Annual administration report of the Civil Veterinary Department of India - 1910-1911
Year: 1910
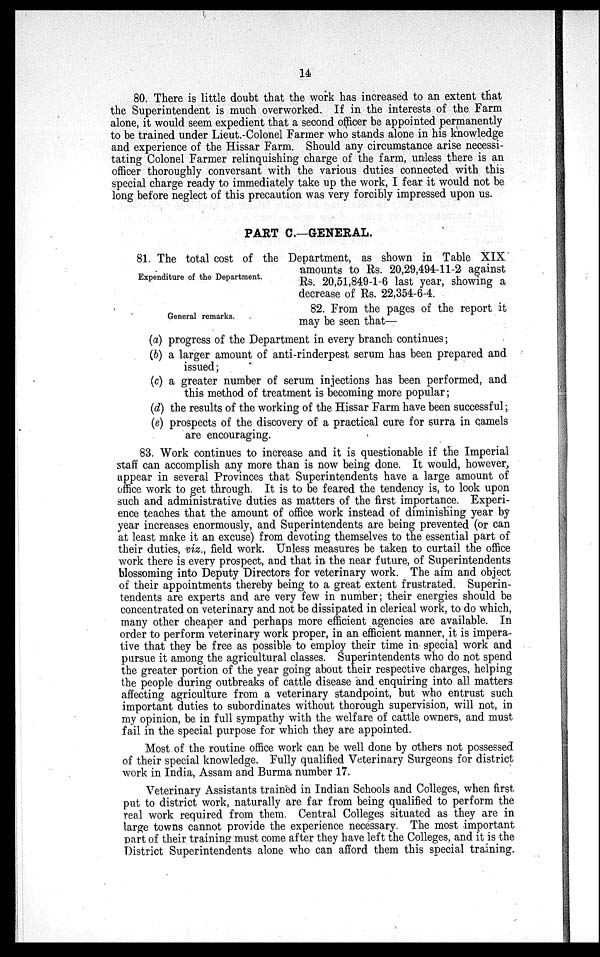
14
80. There is little doubt that the work has increased to an extent that
the Superintendent is much overworked. If in the interests of the Farm
alone, it would seem expedient that a second officer be appointed permanently
to be trained under Lieut.-Colonel Farmer who stands alone in his knowledge
and experience of the Hissar Farm. Should any circumstance arise necessi-
tating Colonel Farmer relinquishing charge of the farm, unless there is an
officer thoroughly conversant with the various duties connected with this
special charge ready to immediately take up the work, I fear it would not be
long before neglect of this precaution was very forcibly impressed upon us.
PART C.—GENERAL.
Expenditure of the Department.
81. The total cost of the Department, as shown in Table XIX
amounts to Rs. 20,29,494-11-2 against
Rs. 20,51,849-1-6 last year, showing a
decrease of Rs. 22,354-6-4.
General remarks.
82. From the pages of the report it
may be seen that—
(a) progress of the Department in every branch continues;
(b) a larger amount of anti-rinderpest serum has been prepared and
issued;
(c) a greater number of serum injections has been performed, and
this method of treatment is becoming more popular;
(d) the results of the working of the Hissar Farm have been successful;
(e) prospects of the discovery of a practical cure for surra in camels
are encouraging.
83. Work continues to increase and it is questionable if the Imperial
staff can accomplish any more than is now being done. It would, however,
appear in several Provinces that Superintendents have a large amount of
office work to get through. It is to be feared the tendency is, to look upon
such and administrative duties as matters of the first importance. Experi-
ence teaches that the amount of office work instead of diminishing year by
year increases enormously, and Superintendents are being prevented (or can
at least make it an excuse) from devoting themselves to the essential part of
their duties, viz., field work. Unless measures be taken to curtail the office
work there is every prospect, and that in the near future, of Superintendents
blossoming into Deputy Directors for veterinary work. The aim and object
of their appointments thereby being to a great extent frustrated. Superin-
tendents are experts and are very few in number; their energies should be
concentrated on veterinary and not be dissipated in clerical work, to do which,
many other cheaper and perhaps more efficient agencies are available. In
order to perform veterinary work proper, in an efficient manner, it is impera-
tive that they be free as possible to employ their time in special work and
pursue it among the agricultural classes. Superintendents who do not spend
the greater portion of the year going about their respective charges, helping
the people during outbreaks of cattle disease and enquiring into all matters
affecting agriculture from a veterinary standpoint, but who entrust such
important duties to subordinates without thorough supervision, will not, in
my opinion, be in full sympathy with the welfare of cattle owners, and must
fail in the special purpose for which they are appointed.
Most of the routine office work can be well done by others not possessed
of their special knowledge. Fully qualified Veterinary Surgeons for district
work in India, Assam and Burma number 17.
Veterinary Assistants trained in Indian Schools and Colleges, when first
put to district work, naturally are far from being qualified to perform the
real work required from them. Central Colleges situated as they are in
large towns cannot provide the experience necessary. The most important
part of their training must come after they have left the Colleges, and it is the
District Superintendents alone who can afford them this special training.